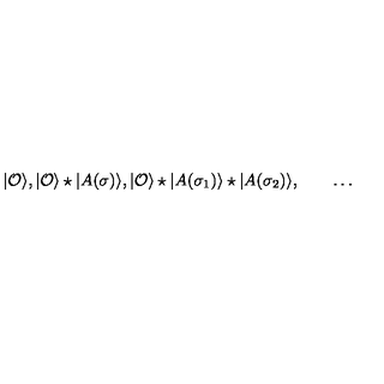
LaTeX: | { \cal O } \rangle , | { \cal O } \rangle \star | A ( \sigma ) \rangle , | { \cal O } \rangle \star | A ( \sigma _ { 1 } ) \rangle \star | A ( \sigma _ { 2 } ) \rangle , \qquad \dots